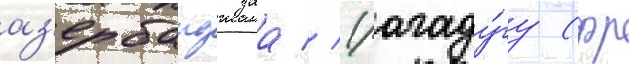
аз'ербаиджана // Уагаду́гу (фр